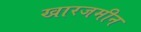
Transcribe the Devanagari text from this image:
खारजमीन